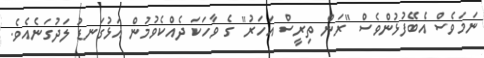
ނަމަވެސް އެބޭފުޅުންވެސް "ރަން ތިރީސް އަހަރު" ގެ ވާހަކަ ދެއްކެވުމުން އަޅުގަނޑު ލަދުގަނެއެވެ.